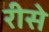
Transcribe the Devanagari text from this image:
रीसे